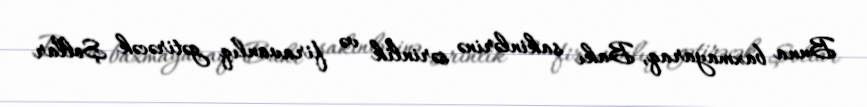
Buna baxmayaraq, Bakı sakinlərinə sərinlik və firavanlıq gətirəcək Şollar